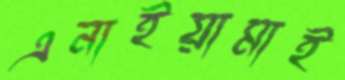
এনাইয়ামাই